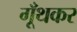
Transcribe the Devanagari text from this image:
गूँथकर